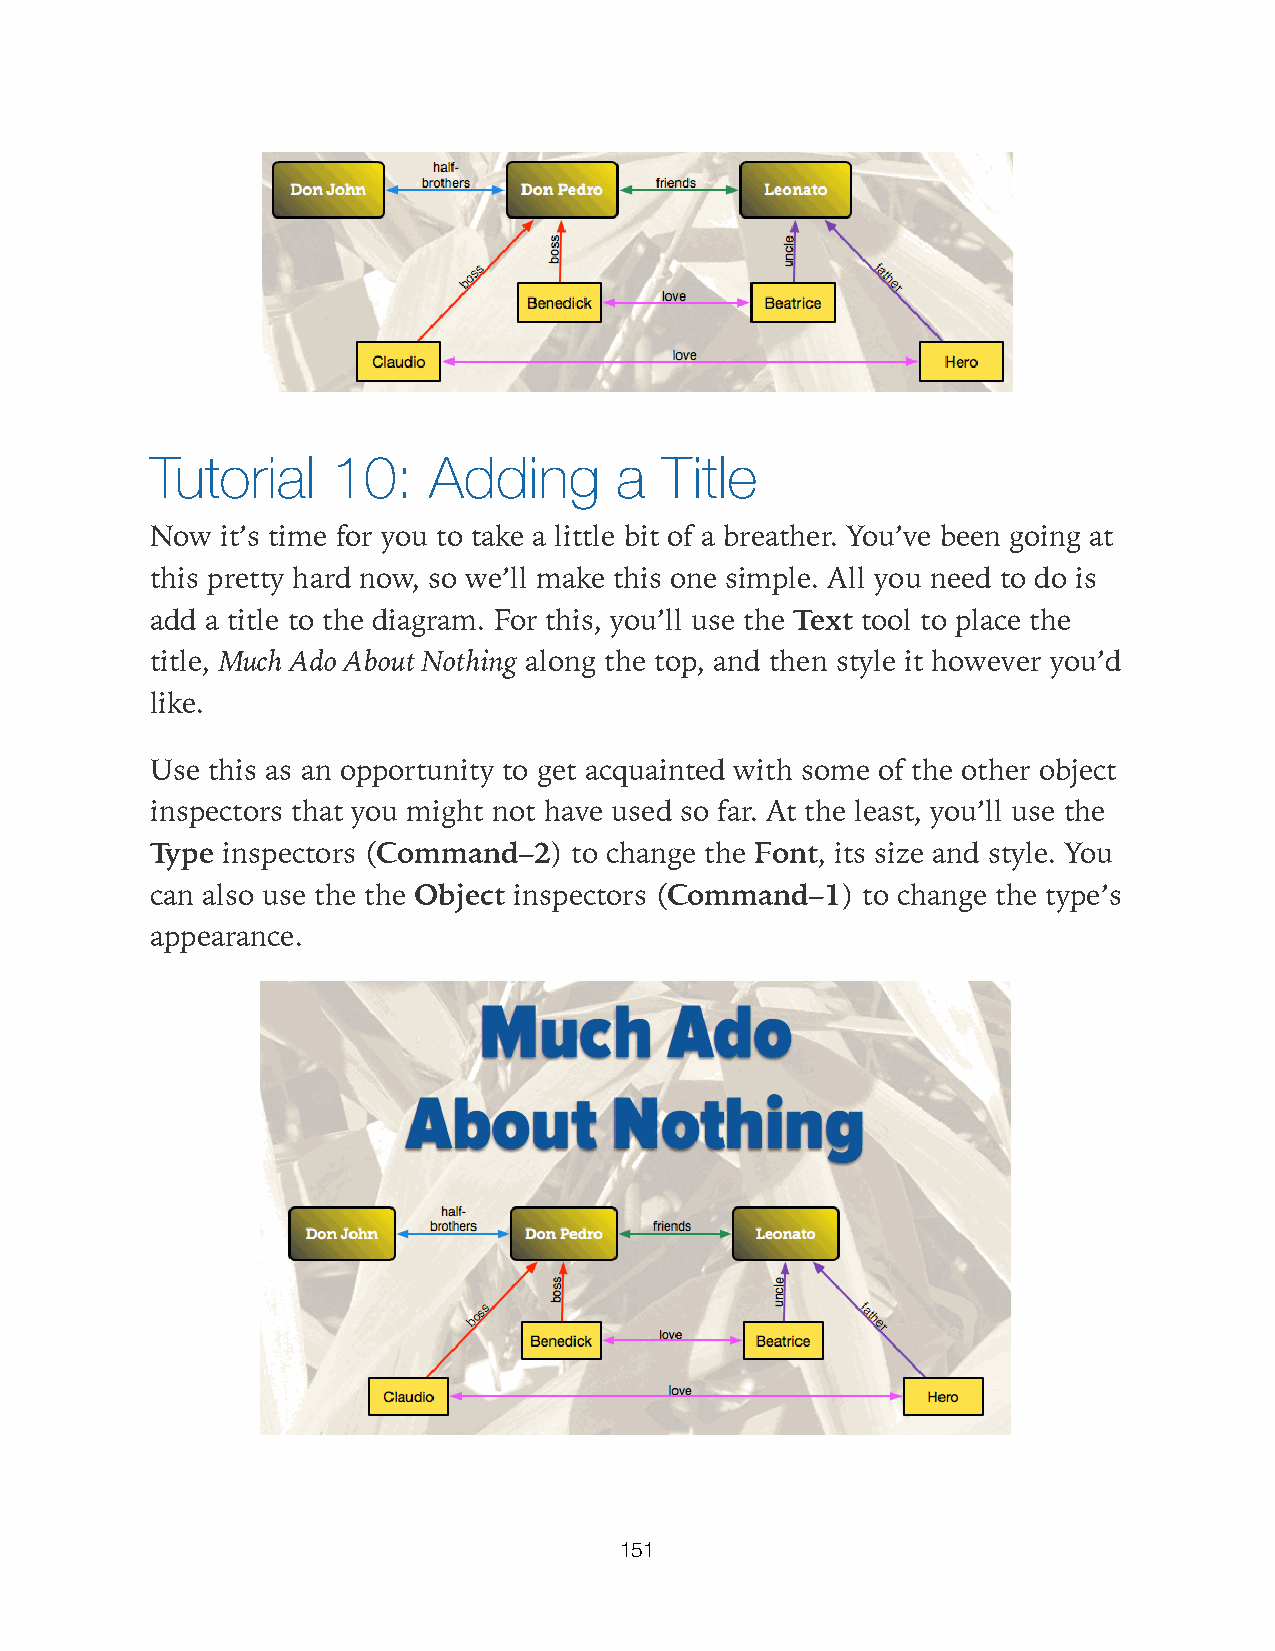
Tutorial    10:   Adding       a  Title
 Now  it’s time for you to take a little bit of a breather. You’ve been going at
 this pretty hard now, so we’ll make this one simple. All you need to do is
 add a title to the diagram. For this, you’ll use the Text tool to place the
 title, Much Ado About Nothing along the top, and then style it however you’d
 like.
 Use this as an opportunity to get acquainted with some of the other object
 inspectors that you might not have used so far. At the least, you’ll use the
 Type inspectors (Command–2) to change the Font, its size and style. You
 can also use the the Object inspectors (Command–1) to change the type’s
 appearance.
 151